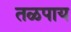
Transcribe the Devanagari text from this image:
तळपाय